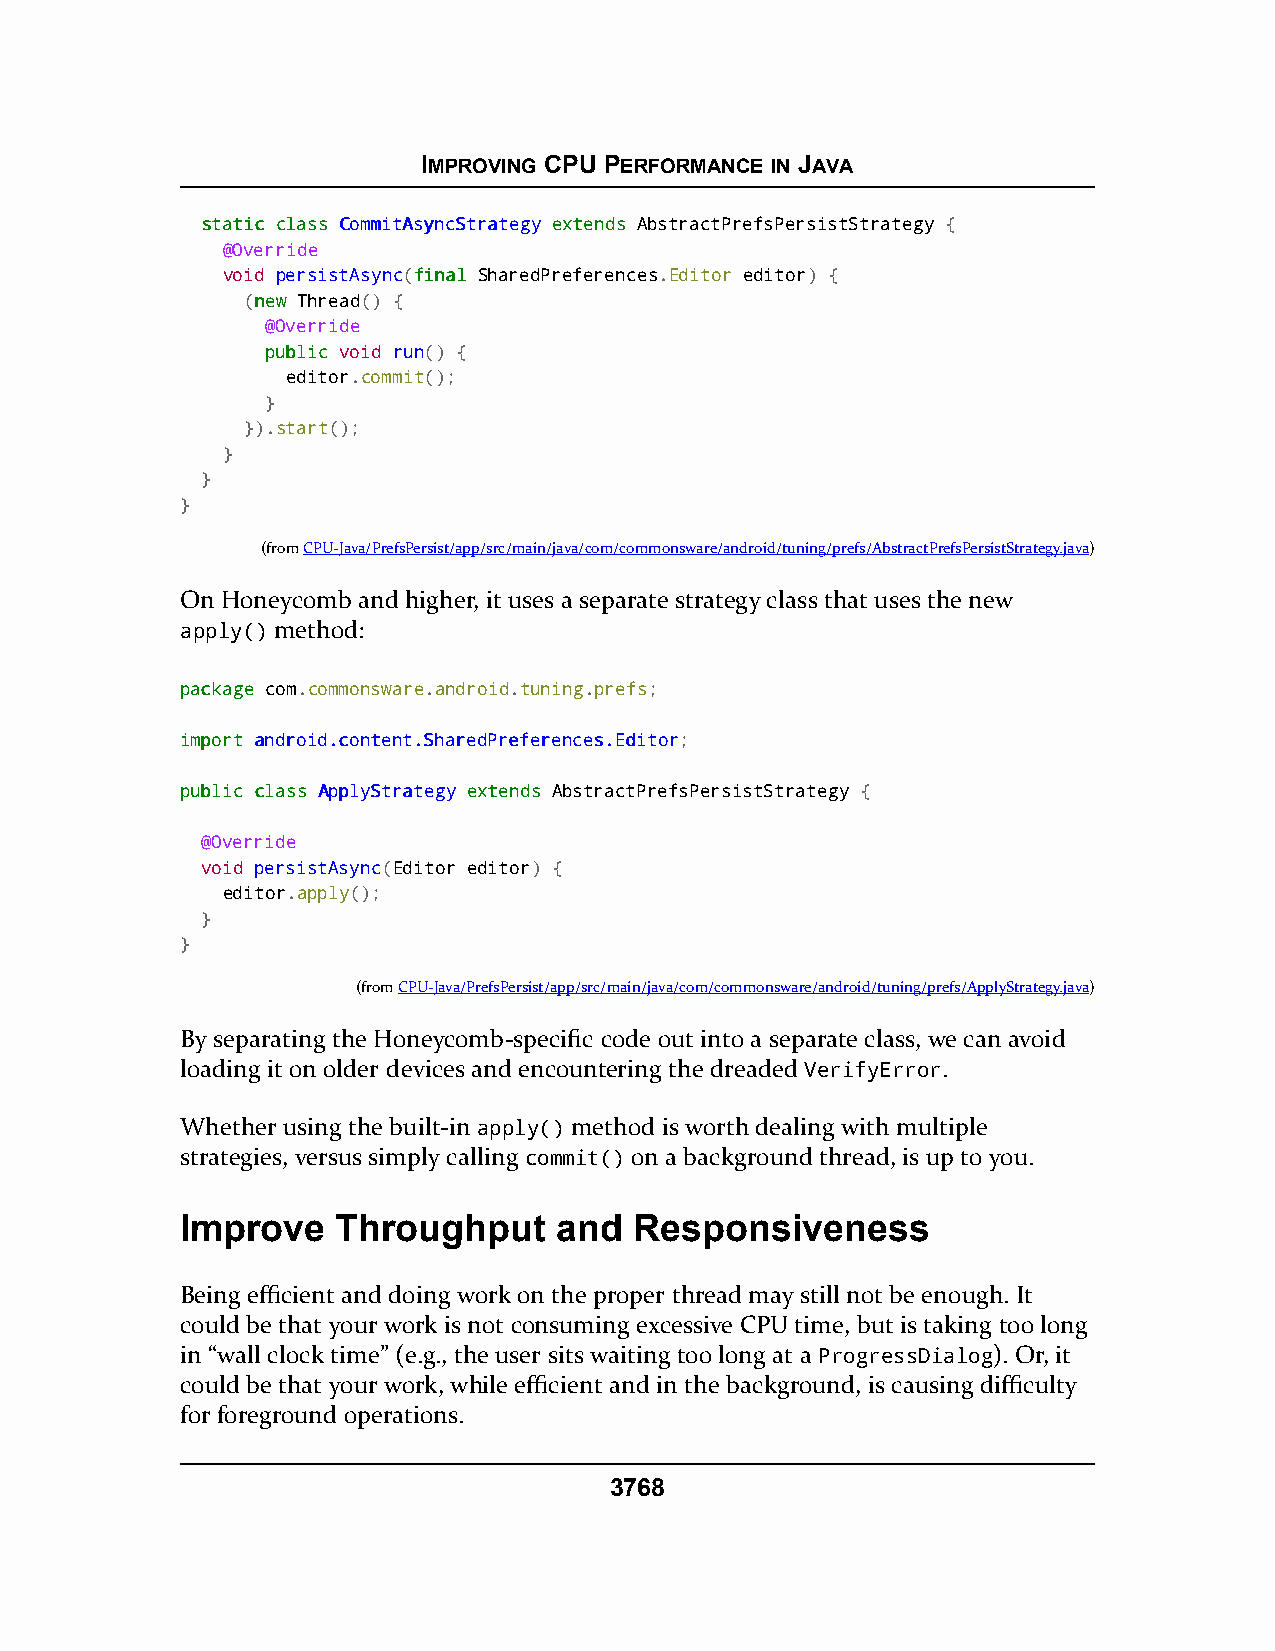
IMPROVING CPU PERFORMANCE IN JAVA
 ssttaattiicc ccllaassss CCoommmmiittAAssyynnccSSttrraatteeggyy eexxtteennddss AbstractPrefsPersistStrategy {
 @Override
 void persistAsync(ffiinnaall SharedPreferences.Editor editor) {
 (nneeww Thread() {
 @Override
 ppuubblliicc void run() {
 editor.commit();
 }
 }).start();
 }
 }
 }
 (fromCPU-Java/PrefsPersist/app/src/main/java/com/commonsware/android/tuning/prefs/AbstractPrefsPersistStrategy.java)
 On Honeycomb and higher, it uses a separate strategy class that uses the new
 apply() method:
 ppaacckkaaggee com.commonsware.android.tuning.prefs;
 iimmppoorrtt aannddrrooiidd..ccoonntteenntt..SShhaarreeddPPrreeffeerreenncceess..EEddiittoorr;
 ppuubblliicc ccllaassss AAppppllyySSttrraatteeggyy eexxtteennddss AbstractPrefsPersistStrategy {
 @Override
 void persistAsync(Editor editor) {
 editor.apply();
 }
 }
 (fromCPU-Java/PrefsPersist/app/src/main/java/com/commonsware/android/tuning/prefs/ApplyStrategy.java)
 By separating the Honeycomb-specific code out into a separate class, we can avoid
 loading it on older devices and encountering the dreaded VerifyError.
 Whether using the built-in apply() method is worth dealing with multiple
 strategies, versus simply calling commit() on a background thread, is up to you.
 Improve   Throughput     and  Responsiveness
 Being efficient and doing work on the proper thread may still not be enough. It
 could be that your work is not consuming excessive CPU time, but is taking too long
 in “wall clock time” (e.g., the user sits waiting too long at a ProgressDialog). Or, it
 could be that your work, while efficient and in the background, is causing difficulty
 for foreground operations.
 3768